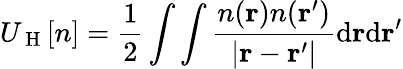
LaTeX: U_{\mathrm{~H~}}[n]=\frac{1}{2}\int\int\frac{n(\mathbf{r})n(\mathbf{r}^{\prime})}{|\mathbf{r}-\mathbf{r}^{\prime}|}\mathrm{d}\mathbf{r}\mathrm{d}\mathbf{r}^{\prime}